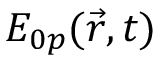
E _ { 0 p } ( \vec { r } , t )